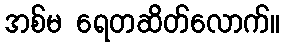
အစ်မ ရေတဆိတ်လောက်။